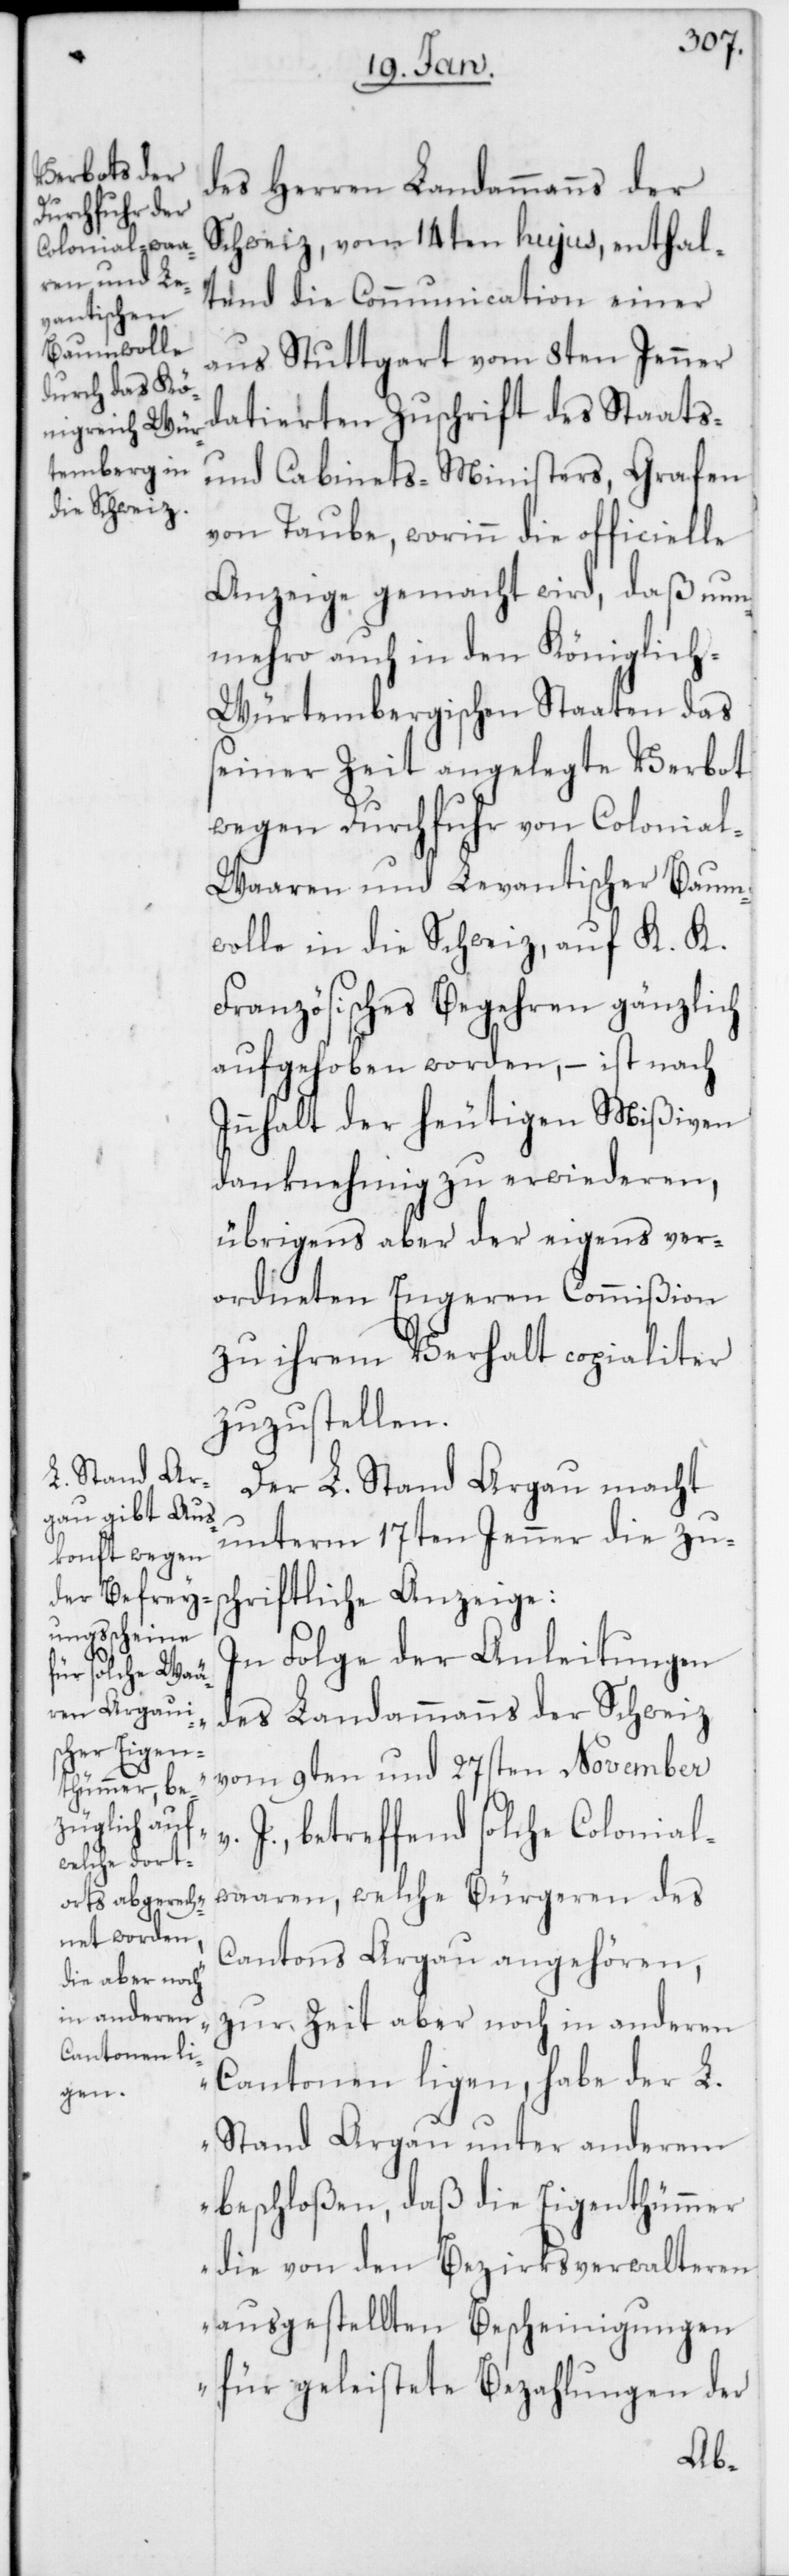
des Herren Landammanns der
Schweiz vom 14ten hujus, enthal¬
tend die Communication einer
aus Stuttgart vom 8ten Jenner
datierten Zuschrift des Staats-
und Cabinets-Ministers, Grafen
von Taube, worinn die officielle
Anzeige gemacht wird, daß nun¬
mehro auch in den Königlich-W¬
ürtembergischen Staaten das
seiner Zeit angelegte Verbot
wegen Durchfuhr von Colonia¬
l-Waaren und Levantischer Baum¬
wolle in die Schweiz, auf K. K.
Französisches Begehren gänzlich
aufgehoben worden, – ist nach
Innhalt der heutigen Mißiven
danknehmig zu erwiederen,
übrigens aber der eigens ver¬
ordneten Engeren Commißion
zu ihrem Verhalt copialiter
zuzustellen.
Der L. Stand Argau macht
unterm 17ten Jenner die zus¬
chriftliche Anzeige:
„In Folge der Anleitungen
des Landammanns der Schweiz
vom 9ten und 27sten November
J., betreffend solche Colonial¬
waaren, welche Bürgeren des
Cantons Aargau angehören,
zur Zeit aber noch in anderen
Cantonen ligen, habe der L.
Stand Argau unter anderem
beschloßen, daß die Eigenthümer
die von den Bezirksverwalteren
ausgestellten Bescheinigungen
für geleistete Bezahlungen der